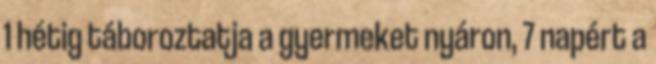
1 hétig táboroztatja a gyermeket nyáron, 7 napért a